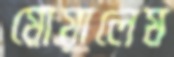
মোয়ালেম